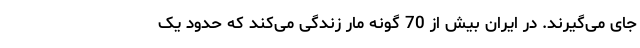
جای می‌گیرند. در ایران بیش از 70 گونه مار زندگی می‌کند که حدود یک